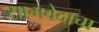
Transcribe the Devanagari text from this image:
सामवेदाचा